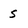
Character: s